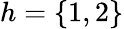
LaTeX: h=\lbrace 1,2\rbrace